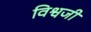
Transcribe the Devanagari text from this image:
विश्वजी